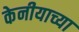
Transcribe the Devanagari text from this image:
केनीयाच्या